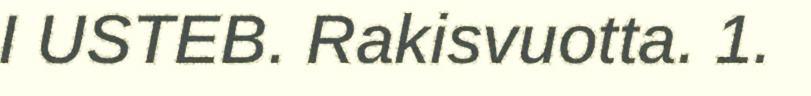
I USTEB. Rakisvuotta. 1.